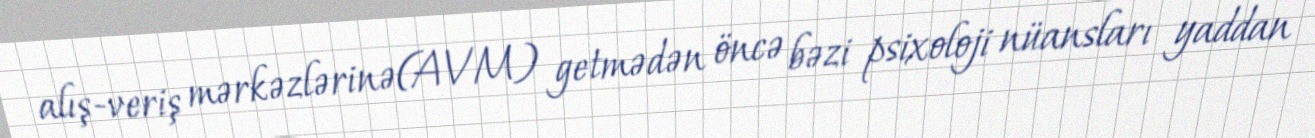
alış-veriş mərkəzlərinə(AVM) getmədən öncə bəzi psixoloji nüansları yaddan